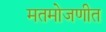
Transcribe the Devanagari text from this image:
मतमोजणीत